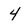
Character: 4